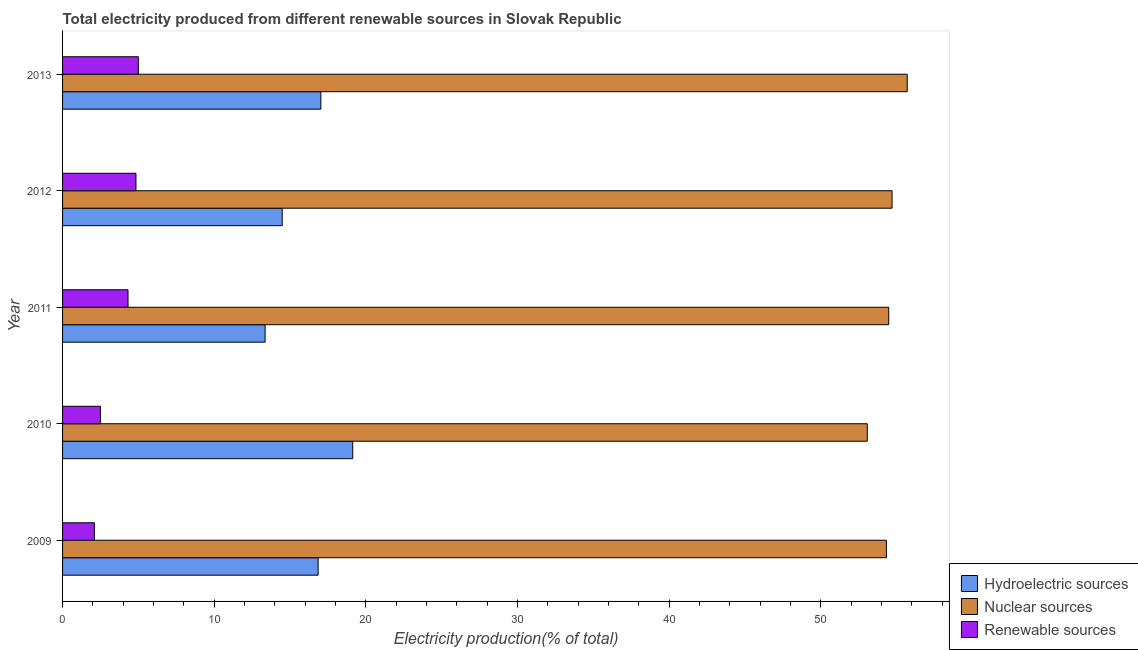
| Year | Hydroelectric sources | Nuclear sources | Renewable sources |
 | --- | --- | --- | --- |
 | 2009 | 16.9 | 54.3 | 2.09 |
 | 2010 | 19.1 | 53.1 | 2.49 |
 | 2011 | 13.4 | 54.5 | 4.32 |
 | 2012 | 14.5 | 54.7 | 4.84 |
 | 2013 | 17 | 55.7 | 5 |